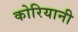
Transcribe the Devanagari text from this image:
कोरियानी